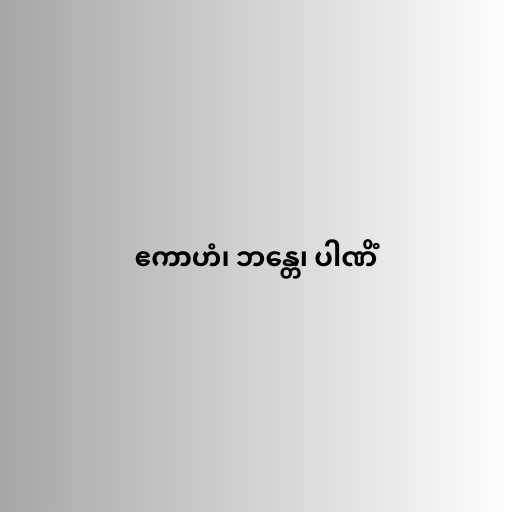
ဧကာဟံ၊ ဘန္တေ၊ ပါဏိံ